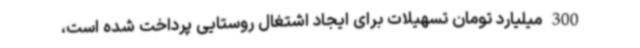
300 میلیارد تومان تسهیلات برای ایجاد اشتغال روستایی پرداخت شده است،